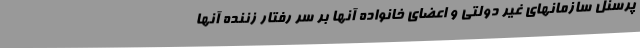
پرسنل سازمانهای غیر دولتی و اعضای خانواده آنها بر سر رفتار زننده آنها